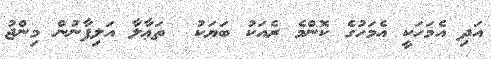
އަދި އެމަހަކީ އެމަހުގެ ކޮންމެ ރެއަކު ބަޔަކު  ތަޢާލާ އަލިފާނުން މިންޖު